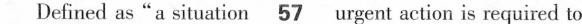
Defined as"a situation\underline{57} urgent action is required to